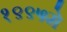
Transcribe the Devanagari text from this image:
१९९५मे